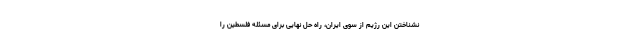
نشناختن این رژیم از سوی ایران، راه حل نهایی برای مسئله فلسطین را